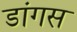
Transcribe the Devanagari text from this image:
डांगस